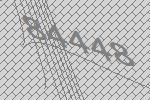
84448